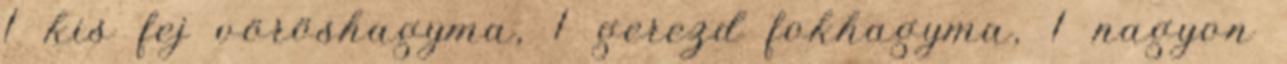
1 kis fej vöröshagyma, 1 gerezd fokhagyma, 1 nagyon